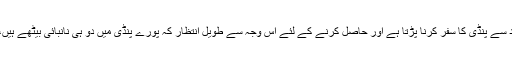
اور وہ افغانی روٹی جس کے لئے ہمیں اسلام آباد سے پنڈی کا سفر کرنا پڑتا ہے اور حاصل کرنے کے لئے اس وجہ سے طویل انتظار کہ پورے پنڈی میں دو ہی نانبائی بیٹھے ہیں، کالونی سے باہر نکلتے تو ہماری منتظر ہوتی۔